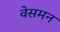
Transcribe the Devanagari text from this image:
वेसमन